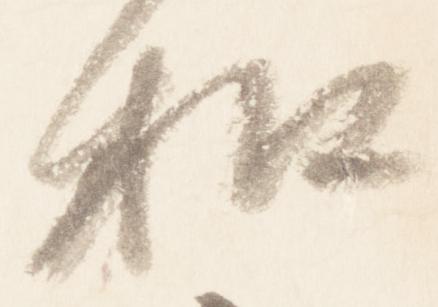
和